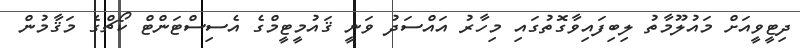
ދިޓީވީއަށް މައުލޫމާތު ލިބިފައިވާގޮތުގައި މިހާރު އައްސަދު ވަނީ ޤައުމީޓީމްގެ އެސިސްޓަންޓް ކޯޗްގެ މަޤާމުން